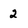
Character: 2